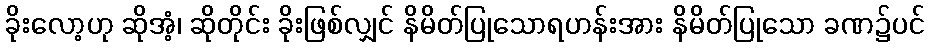
ခိုးလော့ဟု ဆိုအံ့၊ ဆိုတိုင်း ခိုးဖြစ်လျှင် နိမိတ်ပြုသောရဟန်းအား နိမိတ်ပြုသော ခဏ၌ပင်